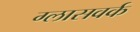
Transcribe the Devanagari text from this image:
ग्लासवर्क